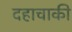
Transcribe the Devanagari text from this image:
दहाचाकी